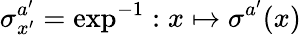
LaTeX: \sigma_{x^{\prime}}^{a^{\prime}}=\exp^{-1}:x\mapsto\sigma^{a^{\prime}}(x)